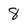
Character: 8